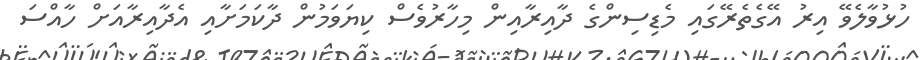
ހުޅުވާލެވޭ އިރު އޭގެތެރޭގައި މެޑިސިންގެ ދާއިރާއިން މިހާރުވެސް ކިޔަވަމުން ދާކަމަށާއި އެދާއިރާއަށް ހާއްސަ